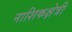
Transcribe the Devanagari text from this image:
नाशिकक्षेत्री